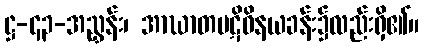
ဋ္ဌ-၄၃-အညွှန်း၊ အာဃာတပဋိဝိနယခန်း၌လည်းရှိ၏။